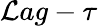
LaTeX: \mathcal{L}ag-\tau